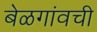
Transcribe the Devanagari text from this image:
बेळगांवची